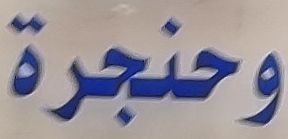
وحنجرة